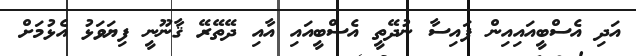
އަދި އެސްބީއައިއިން ފައިސާ ނުދޭތީ އެސްބީއައި އާއި ދޭތޭރޭ ޤާނޫނީ ފިޔަވަޅު އެޅުމަށް